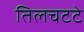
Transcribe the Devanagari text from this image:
तिलचटटे